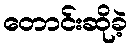
တောင်းဆိုခဲ့